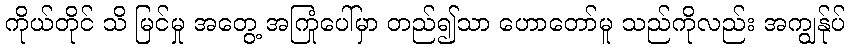
ကိုယ်တိုင် သိ မြင်မှု အတွေ့ အကြုံပေါ်မှာ တည်၍သာ ဟောတော်မူ သည်ကိုလည်း အကျွန်ုပ်